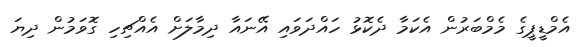
އެމްޑީޕީގެ މެމްބަރުން އެކަމާ ދެކޮޅު ހައްދަވައި އޭނައާ ދިމާލަށް އެއްޗިހި ގޮވަމުން ދިޔަ